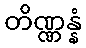
တိဏ္ဏန္နံ